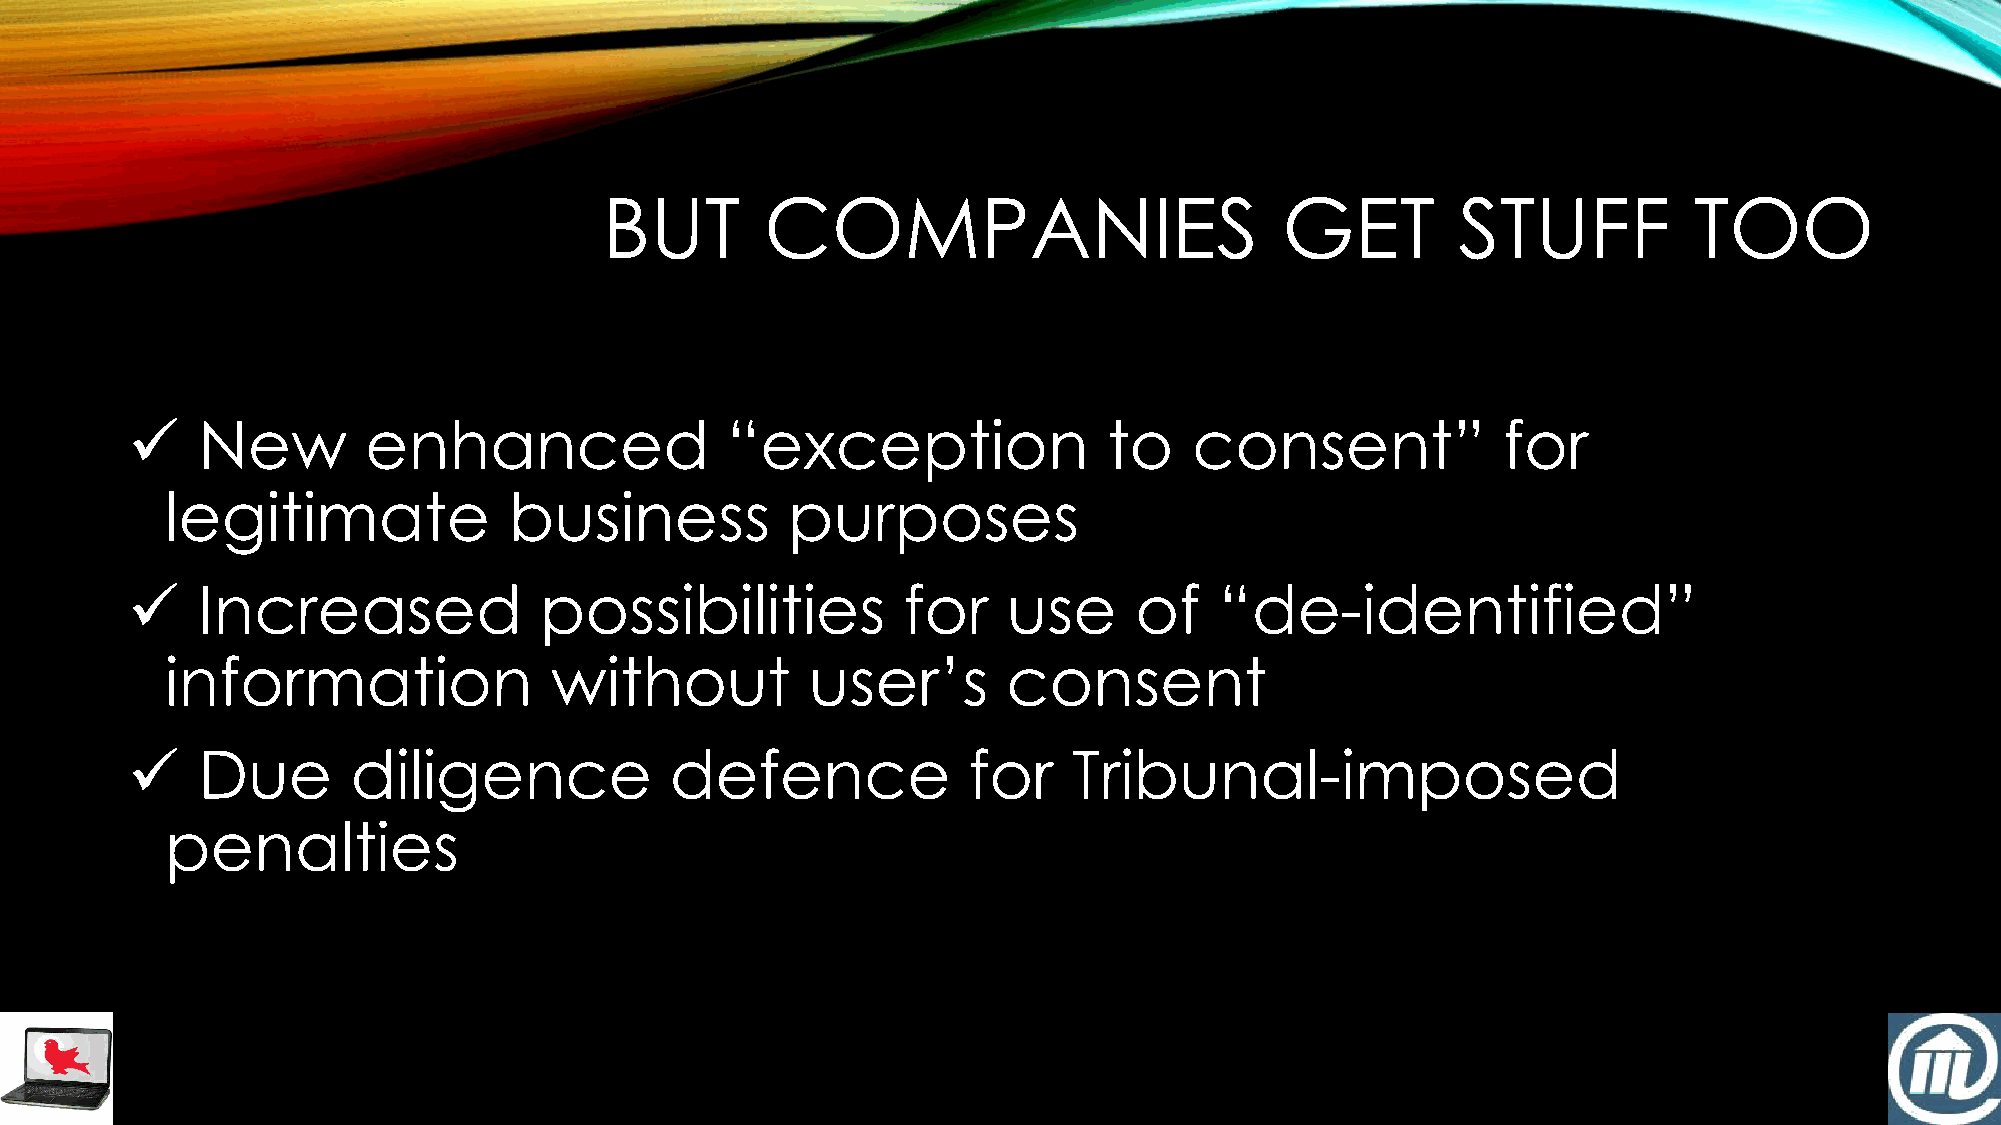
BUT        COMPANIES                         GET         STUFF          TOO
 ✓    New        enhanced                “exception               to    consent”            for
 legitimate             business          purposes
 ✓    Increased              possibilities           for    use     of    “de-identified”
 information              without           user’s       consent
 ✓    Due       diligence            defence             for    Tribunal-imposed
 penalties